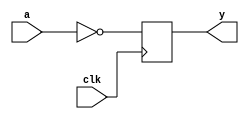
module inv_reg (input a, input clk, output reg y);
	always @(posedge clk)
		y <= ~a;
endmodule